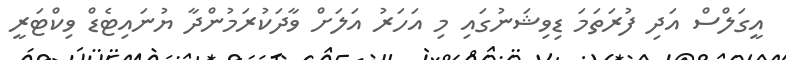
އީގަލްސް އަދި ފުރަތަމަ ޑިވިޝަނުގައި މި އަހަރު އަލަށް ވާދަކުރަމުންދާ ޔުނައިޓެޑް ވިކްޓަރީ